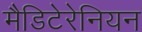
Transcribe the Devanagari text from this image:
मैडिटेरेनियन